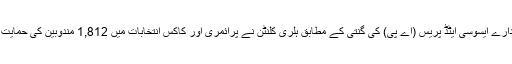
خبررساں ادارے ایسوسی ایٹڈ پریس (اے پی) کی گنتی کے مطابق ہلری کلنٹن نے پرائمری اور کاکس انتخابات میں 1,812 مندوبین کی حمایت حاصل کی۔